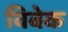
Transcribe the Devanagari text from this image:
विबेक